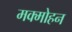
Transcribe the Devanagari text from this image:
मक्मोहन